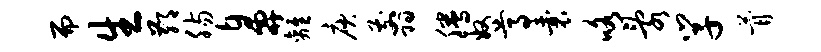
而生鄙肠鼻离庾翦腾奴尊囊咯乱学瞢